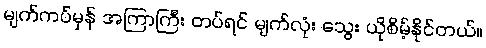
မျက်ကပ်မှန် အကြာကြီး တပ်ရင် မျက်လုံး သွေး ယိုစိမ့်နိုင်တယ်။